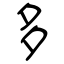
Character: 多